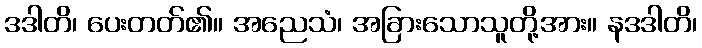
ဒဒါတိ၊ ပေးတတ်၏။ အညေသံ၊ အခြားသောသူတို့အား။ နဒဒါတိ၊